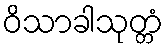
ဝိသာခါသုတ္တံ